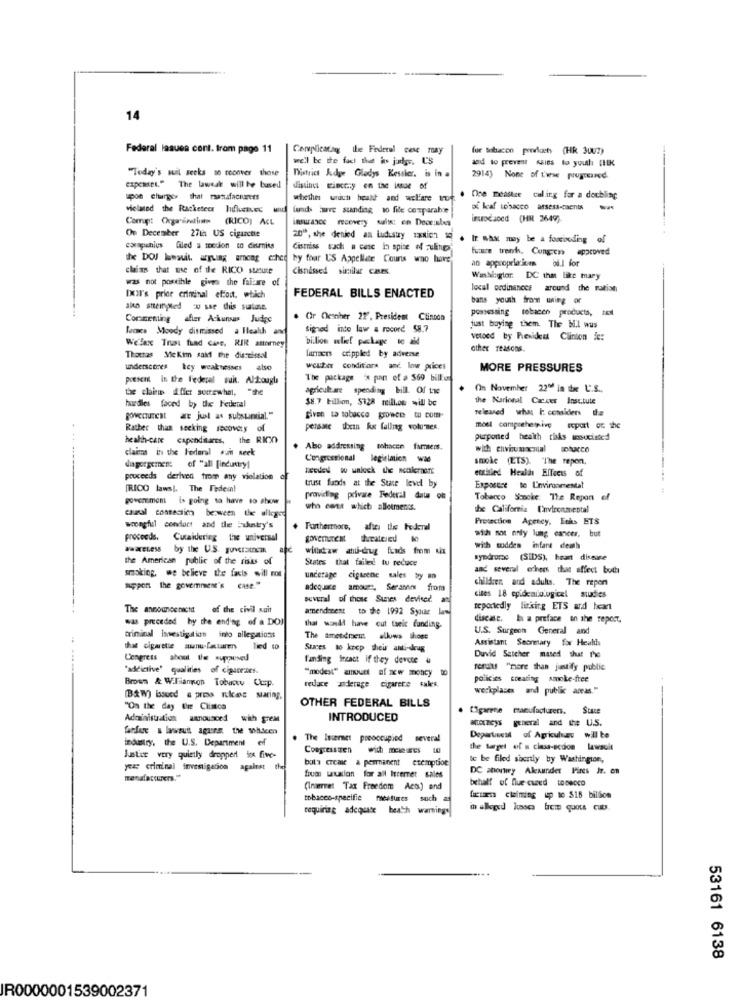
14
Federal lasuen cont. from page 11
Complicataq the Federal cese may
fur tobacon products (HR Juuz)
well be the fact the is judge, U'S
and to prevent sales to youth [HK
"Today's suil seeks to recover those
District Judge Gladys Kessler. is in a
2914) None of these progressed.
expenses." The lawesk will be based
dinhas cioccy en tae losse of
poe charges that manufacturers
One meallze cul.ing far a doubling
vielmed the Ratketeer
lunds tuve sunding to file comparahe
al kaf tobacco assess-caents
Comp: Orgaintint (RICO) ACL
insurance recovery suits; en Decruskecs
insodaned (HN 2649)
On December 27th US cigarette
20", she denied an ludustry 1XXich 10 . Ir what may be a forcooding of
corapenius filed a medion to dismiss
Cistriss such a case in spite of Funp
huawe trenh, Congon approved
tee DOJ howuit, arguing arca echet hy four US Appellate Courts wno have
an appropriaicms bi.1 for
claims that tree of the RICO statute
Cisnassed similar Cases
was not possible gives the failure of
Wanblogtor: DC the like mary
local ordinances around the nation
DOIT's price criminal effort, which
FEDERAL BILLS ENACTED
bans youth from uning or
aka stempted : sse this sialone.
possessing tobacco products, til
Commenting after Ackunsus Judge
. Or Desher 22", President Clinton
lucca Moody dismissed a Health and
signed into law a record 58.7
just buying them. The W.I wus
We'lax Trans fuad case, RIR attorney
billion ulikt pela to all
vetoed by President Clinton ic:
farmers crippled by adverse
other reasons.
Thomas Mekim salff the discoissal
underscores Icy weaknesses also
wcuber conditiora anc low prices
MORE PRESSURES
present in the Federal suis. Al-kougli
The package 's pan of a $69 billo
the claine affer somewhat, "the
agriculare spendingg bill. Of twe
On November 22"d in the U.S .,
$8.7 billion, $128 mill.os will be
the Kariosul Cancer Institute
hurdles faced by the Federal
released what I considers the
gowerTunest " just as substantial."
given to tobacco growce to com-
Rather than seeking recovery of
persare thein ke faling volumes,
moel campochemnive sopart of the
health-care capenditares, the RICKY
purponed health risks mouciated
claims in the Federal sch neck
Abo addressing tohacen fumiers.
Congressional
legislation was
smoke (ETS). "The repen,
di porgernem: of "all [industry)
entitled Health Effects of
proceeds derived from any violation
trust fands at the State lewe by
[RICO laws). The Tedein!
Exposure to Unvironmentat
goverment is going to have to show
providing private Federal date of
Tobacco Stocke: The Repon el
who cont which allotments.
the California Environmental
Protection Agency, Ecks ETS
wrongful conduct and the Eukuntry's
Furthermore, after the Federal
with not only lung cancer, but
proceeds. Cutaidering the universal
government
awareness by the U.S. guveratcm
withdraw anti-drug funds from kix
with sudden infant death
the American public of the risius of
States that failed to reduce
syndrome (SIDS), heart disease
smoking, we believe the facts will not
and several others that affect both
underage cigtrene sales by an
children and adults. The repent
support the government's case."
adequate amour :, Seranos from
Buvural of those Sinnes devised. at
cites 18 epidemiologicel studies
The announcenicht of the civil suit
amendment to the 1992 Syour La
reportedly linking ETS ard heart
was preceded by the ending of a DOJ
disease, I a preface on the report,
that would have cut tseic funding-
U.S. Surgeon General and
criminal Investigation into allegations
Assistant Secretary for Healls
that cigarette www.turm
Tied to
Sures 10 keep their anti-krug
funding Sreact if they devote &
Duvid Seicher nused shut the
"addictive" qualities of cigaraes.
"modex" aturt af w moncy to
results "more than justify public
Brown & Williamson Tobury Cup.
policies creating smoke-free
redace dlerage cigarete rules
workplaces and public areas."
(B&W) issued & press release staring,
OTHER FEDERAL BILLS
"On the day the Clinton
. [3garene manufacturers. Stare
Administration announced with grem
INTRODUCED
-- a te U.S.
fefer & lawsuit agurs. twe whacen
industry, the U.S. Department of
The Internet preoccupied
several
Department of Agriculture will be
Congresstren wich meeres
the target of a class-ecdon lawsolt
Justice very quietly droppert ins five-
bota creme a permanent exemption
le be filled shortly by Washington,
yea criminal investigation against
DC shortiey Alexander Pires Jr. en
fiume tution for all Itremer sales
behalf of flue cured tobacco
(Internet Tax Freedom Aca) and
tobacco-specific nicesures
s such a
luciaen claiming up to $15 billion
requiring adequate beath warnings
53161 6138
IR0000001539002371